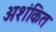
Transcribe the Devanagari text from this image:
अशंकित